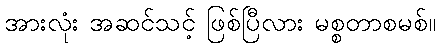
အားလုံး အဆင်သင့် ဖြစ်ပြီလား မစ္စတာစမစ်။